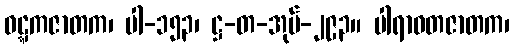
ဝဋ္ဋကဇာတက၊ ပါ-၁၅၃၊ ဋ္ဌ-တ-အုပ်-၂၉၃။ ပါရာဝတဇာတက၊